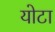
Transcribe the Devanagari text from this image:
योटा